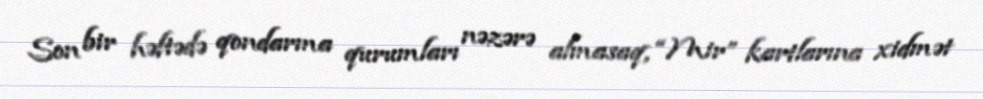
Son bir həftədə qondarma qurumları nəzərə almasaq, “Mir” kartlarına xidmət